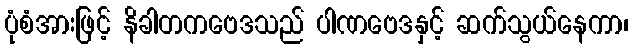
ပုံစံအားဖြင့် နိခါတကဗေဒသည် ပါဏဗေဒနှင့် ဆက်သွယ်နေကာ၊